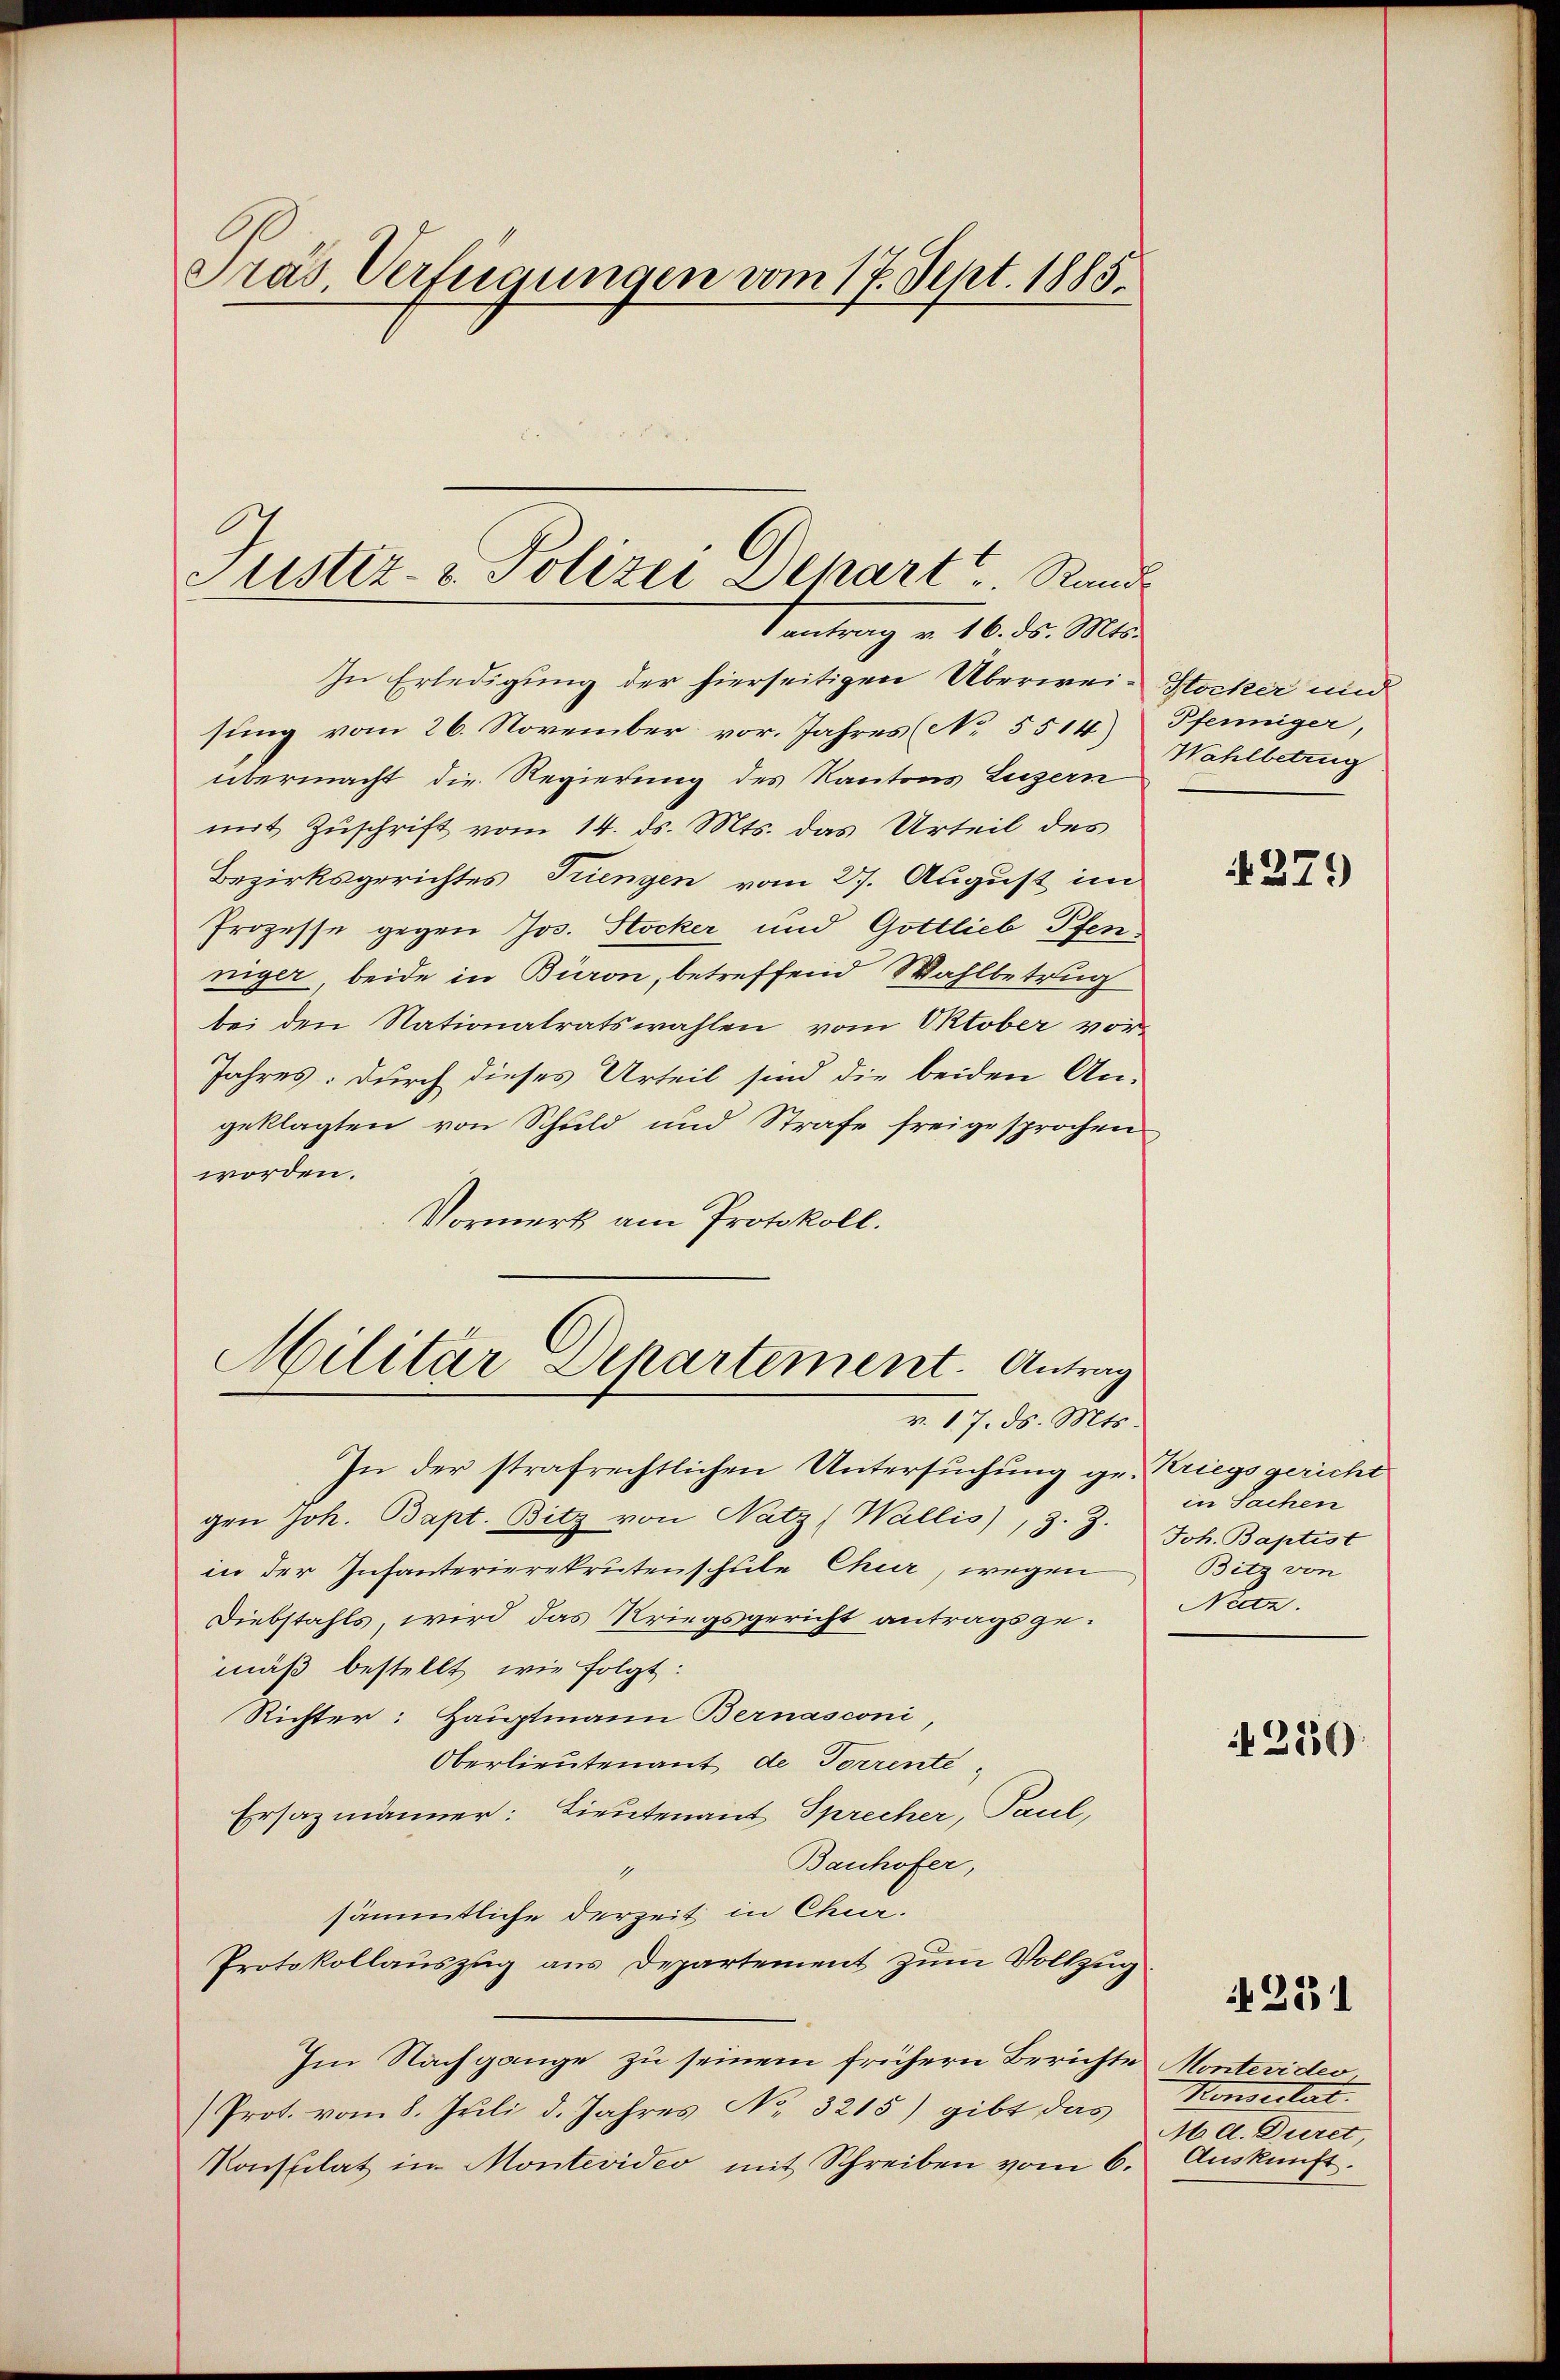
Präs. Verfügungen vom 17. Sept. 1885.

In Erledigung der hierseitigen Überwei-Stocker und
sung vom 26. November vor. Jahres (No 5514) Pfenniger,
übermacht die Regierung des Kantons Luzern
mit Zuschrift vom 14. ds. Mts. das Urteil des
Bezirksgerichtes Triengen vom 27. August im
Prozesse gegen Jos. Stocker und Gottlieb Pfenniger, beide in Büron, betreffend Wahlbetrug
bei den Nationalratswahlen vom Oktober vor¬
Jahres: durch dieses Urteil sind die beiden An-
geklagten von Schuld und Strafe freigesprochen
worden.
Vormerk am Protokoll.

Justiz- & Polizei Depart Rand
antrag v. 16. ds. Mts.

In der strafrechtlichen Untersuchung gr. Kriegsgericht
gen Joh. Bapt. Bitz von Natz (Wallis, z. Z.
in der Infanterierekrutenschule Chur, wegen
Diebstahls, wird das Kriegsgericht antragsgemäß bestellt, wie folgt:
Richter: Hauptmann Bernasconi,
Oberlieutenant de Torrente,
Ersazmänner: Lieutenant Sprecher, Paul,
Bauhofer,
1
sämmtliche derzeit in Chur.
Protokollaŭszŭg ans Departement zŭm Vollzug
Im Nachgange zu seinem frühern Berichte
Prot. vom 8. Juli d. Jahres No. 3215) gibt das
Konstilat im Montevideo mit Schreiben vom 6.

Militär Departement. Antrag
v. 17. ds. Mts.

Wahlbetrug

4279

in Sachen
Joh. Baptist
Bitz von
Nidz.

N 220

251

Montevideo
Konseitet.
M. A. Duret,
Auskunft.